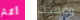
أكثر وفقدت